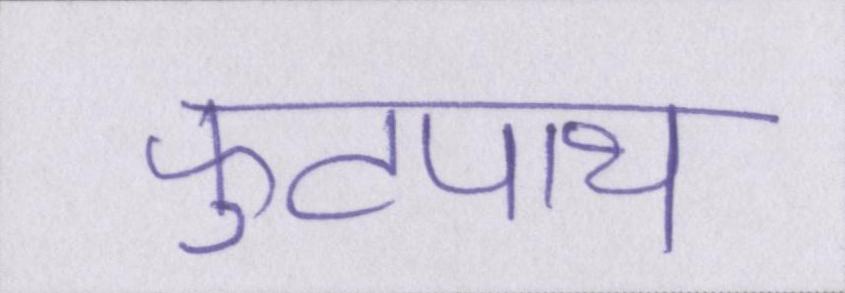
फुटपाथ